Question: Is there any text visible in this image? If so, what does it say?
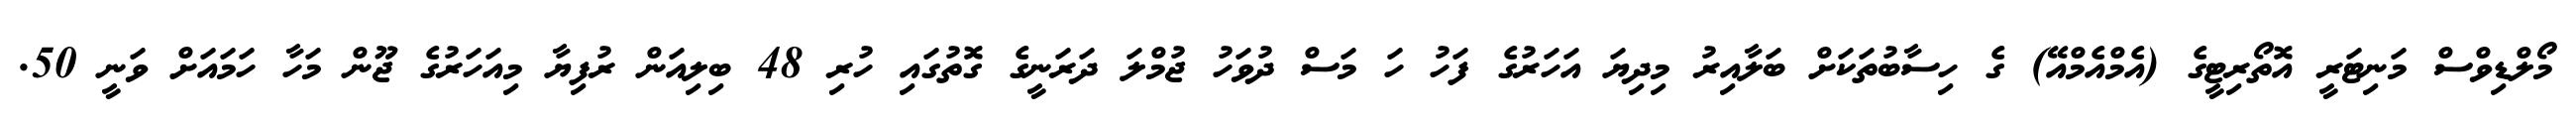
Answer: މޯލްޑިވްސް މަނިޓަރީ އޮތޯރިޓީގެ (އެމްއެމްއޭ) ގެ ހިސާބުތަކަށް ބަލާއިރު މިދިޔަ އަހަރުގެ ފަހު ހަ މަސް ދުވަހު ޖުމްލަ ދަރަނީގެ ގޮތުގައި ހުރި 48 ބިލިއަން ރުފިޔާ މިއަހަރުގެ ޖޫން މަހާ ހަމައަށް ވަނީ 50.